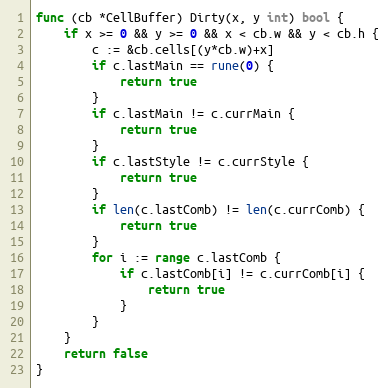
Language: Go
func (cb *CellBuffer) Dirty(x, y int) bool {
	if x >= 0 && y >= 0 && x < cb.w && y < cb.h {
		c := &cb.cells[(y*cb.w)+x]
		if c.lastMain == rune(0) {
			return true
		}
		if c.lastMain != c.currMain {
			return true
		}
		if c.lastStyle != c.currStyle {
			return true
		}
		if len(c.lastComb) != len(c.currComb) {
			return true
		}
		for i := range c.lastComb {
			if c.lastComb[i] != c.currComb[i] {
				return true
			}
		}
	}
	return false
}